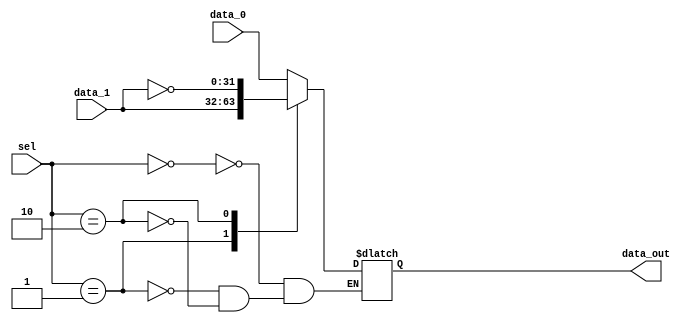
module mux_ALUOUT (
    input wire [1:0] sel,
    input wire [31:0] data_0,
    input wire [31:0] data_1,
    output reg [31:0] data_out
);
    always @(*) begin
        case (sel)
            2'd0: data_out = data_0;
            2'd1: data_out = data_1;
            2'd2: data_out = ~data_1;
        endcase 
    end 

endmodule